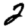
Digit: 2